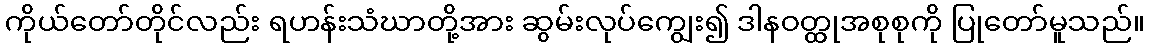
ကိုယ်တော်တိုင်လည်း ရဟန်းသံဃာတို့အား ဆွမ်းလုပ်ကျွေး၍ ဒါနဝတ္ထုအစုစုကို ပြုတော်မူသည်။